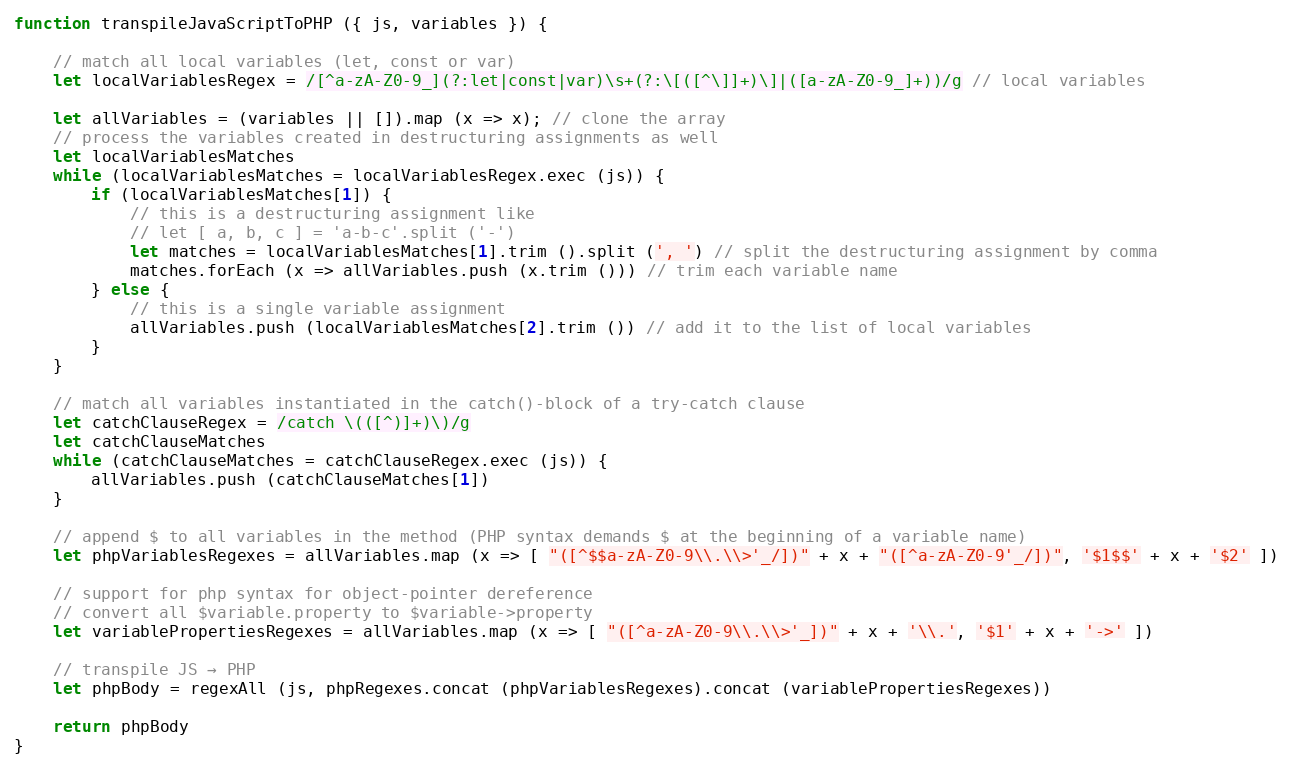
Language: JavaScript
function transpileJavaScriptToPHP ({ js, variables }) {

    // match all local variables (let, const or var)
    let localVariablesRegex = /[^a-zA-Z0-9_](?:let|const|var)\s+(?:\[([^\]]+)\]|([a-zA-Z0-9_]+))/g // local variables

    let allVariables = (variables || []).map (x => x); // clone the array
    // process the variables created in destructuring assignments as well
    let localVariablesMatches
    while (localVariablesMatches = localVariablesRegex.exec (js)) {
        if (localVariablesMatches[1]) {
            // this is a destructuring assignment like
            // let [ a, b, c ] = 'a-b-c'.split ('-')
            let matches = localVariablesMatches[1].trim ().split (', ') // split the destructuring assignment by comma
            matches.forEach (x => allVariables.push (x.trim ())) // trim each variable name
        } else {
            // this is a single variable assignment
            allVariables.push (localVariablesMatches[2].trim ()) // add it to the list of local variables
        }
    }

    // match all variables instantiated in the catch()-block of a try-catch clause
    let catchClauseRegex = /catch \(([^)]+)\)/g
    let catchClauseMatches
    while (catchClauseMatches = catchClauseRegex.exec (js)) {
        allVariables.push (catchClauseMatches[1])
    }

    // append $ to all variables in the method (PHP syntax demands $ at the beginning of a variable name)
    let phpVariablesRegexes = allVariables.map (x => [ "([^$$a-zA-Z0-9\\.\\>'_/])" + x + "([^a-zA-Z0-9'_/])", '$1$$' + x + '$2' ])

    // support for php syntax for object-pointer dereference
    // convert all $variable.property to $variable->property
    let variablePropertiesRegexes = allVariables.map (x => [ "([^a-zA-Z0-9\\.\\>'_])" + x + '\\.', '$1' + x + '->' ])

    // transpile JS → PHP
    let phpBody = regexAll (js, phpRegexes.concat (phpVariablesRegexes).concat (variablePropertiesRegexes))

    return phpBody
}